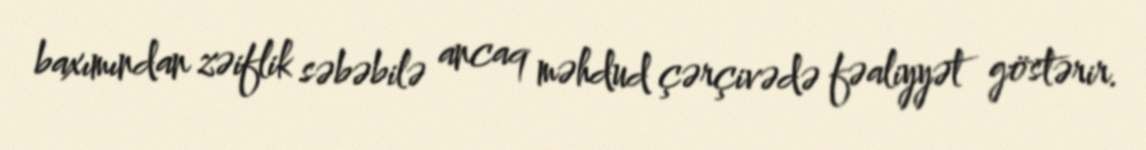
baxımından zəiflik səbəbilə ancaq məhdud çərçivədə fəaliyyət göstərir.